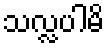
သလ္လပါမိ